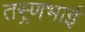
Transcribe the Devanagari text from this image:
तस्र्णभाई